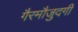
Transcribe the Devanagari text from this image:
गैरमौजुदगी